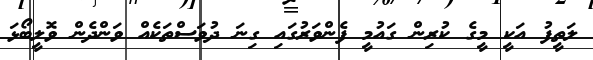
ލަތީފު އަކީ މީގެ ކުރިން ގައުމީ ފެންވަރުގައި ގިނަ ދުވަސްތަކެއް ވަންދެން ވޮލީބޯޅަ